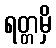
ရတ္တမှိ